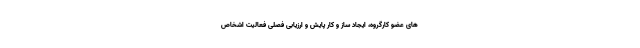
های عضو کارگروه، ایجاد ساز و کار پایش و ارزیابی فصلی فعالیت اشخاص